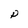
Character: P